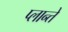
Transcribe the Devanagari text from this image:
प्लान्ते